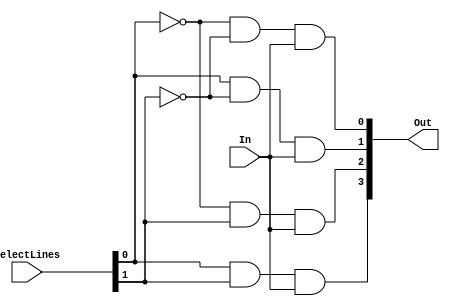
module d1(In, SelectLines, Out);
	input In;
	input [1:0]SelectLines;
	output [3:0]Out;
	assign Out[0] = (~SelectLines[0])&(~SelectLines[1])&(In);
	assign Out[1] = (SelectLines[0])&(~SelectLines[1])&(In);
	assign Out[2] = (~SelectLines[0])&(SelectLines[1])&(In);
	assign Out[3] = (SelectLines[0])&(SelectLines[1])&(In);
endmodule

module test;
	reg in;
	reg [1:0]selectlines;
	wire [3:0]out;
	d1 g1(in, selectlines, out);
	initial begin
		$dumpfile("demux1X4(Data Flow Modelling).vcd");
		$dumpvars(0,test);
		$display("In\tSelect\tOut");
		$monitor("%b\t%b\t%b",in,selectlines,out);
		#0  in=0;selectlines=2'b00;
		#10 in=0;selectlines=2'b01;
		#10 in=0;selectlines=2'b10;
		#10 in=0;selectlines=2'b11;
		#10 in=1;selectlines=2'b00;
		#10 in=1;selectlines=2'b01;
		#10 in=1;selectlines=2'b10;
		#10 in=1;selectlines=2'b11;
		#10 
		$finish;
	end
endmodule